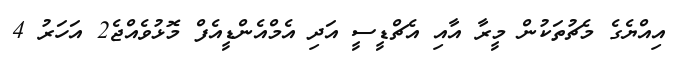
އިއްޔެގެ މެޗުތަކުން މީރާ އާއި އެޗްޑީސީ އަދި އެމްއެންޑީއެފް މޮޅުވެއްޖެ2 އަހަރު 4